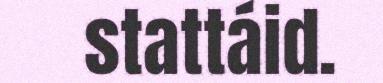
stattáid.